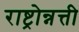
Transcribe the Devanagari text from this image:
राष्ट्रोन्नत्ती